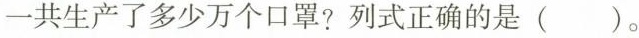
一共生产了多少万个口罩?列式正确的是( )。